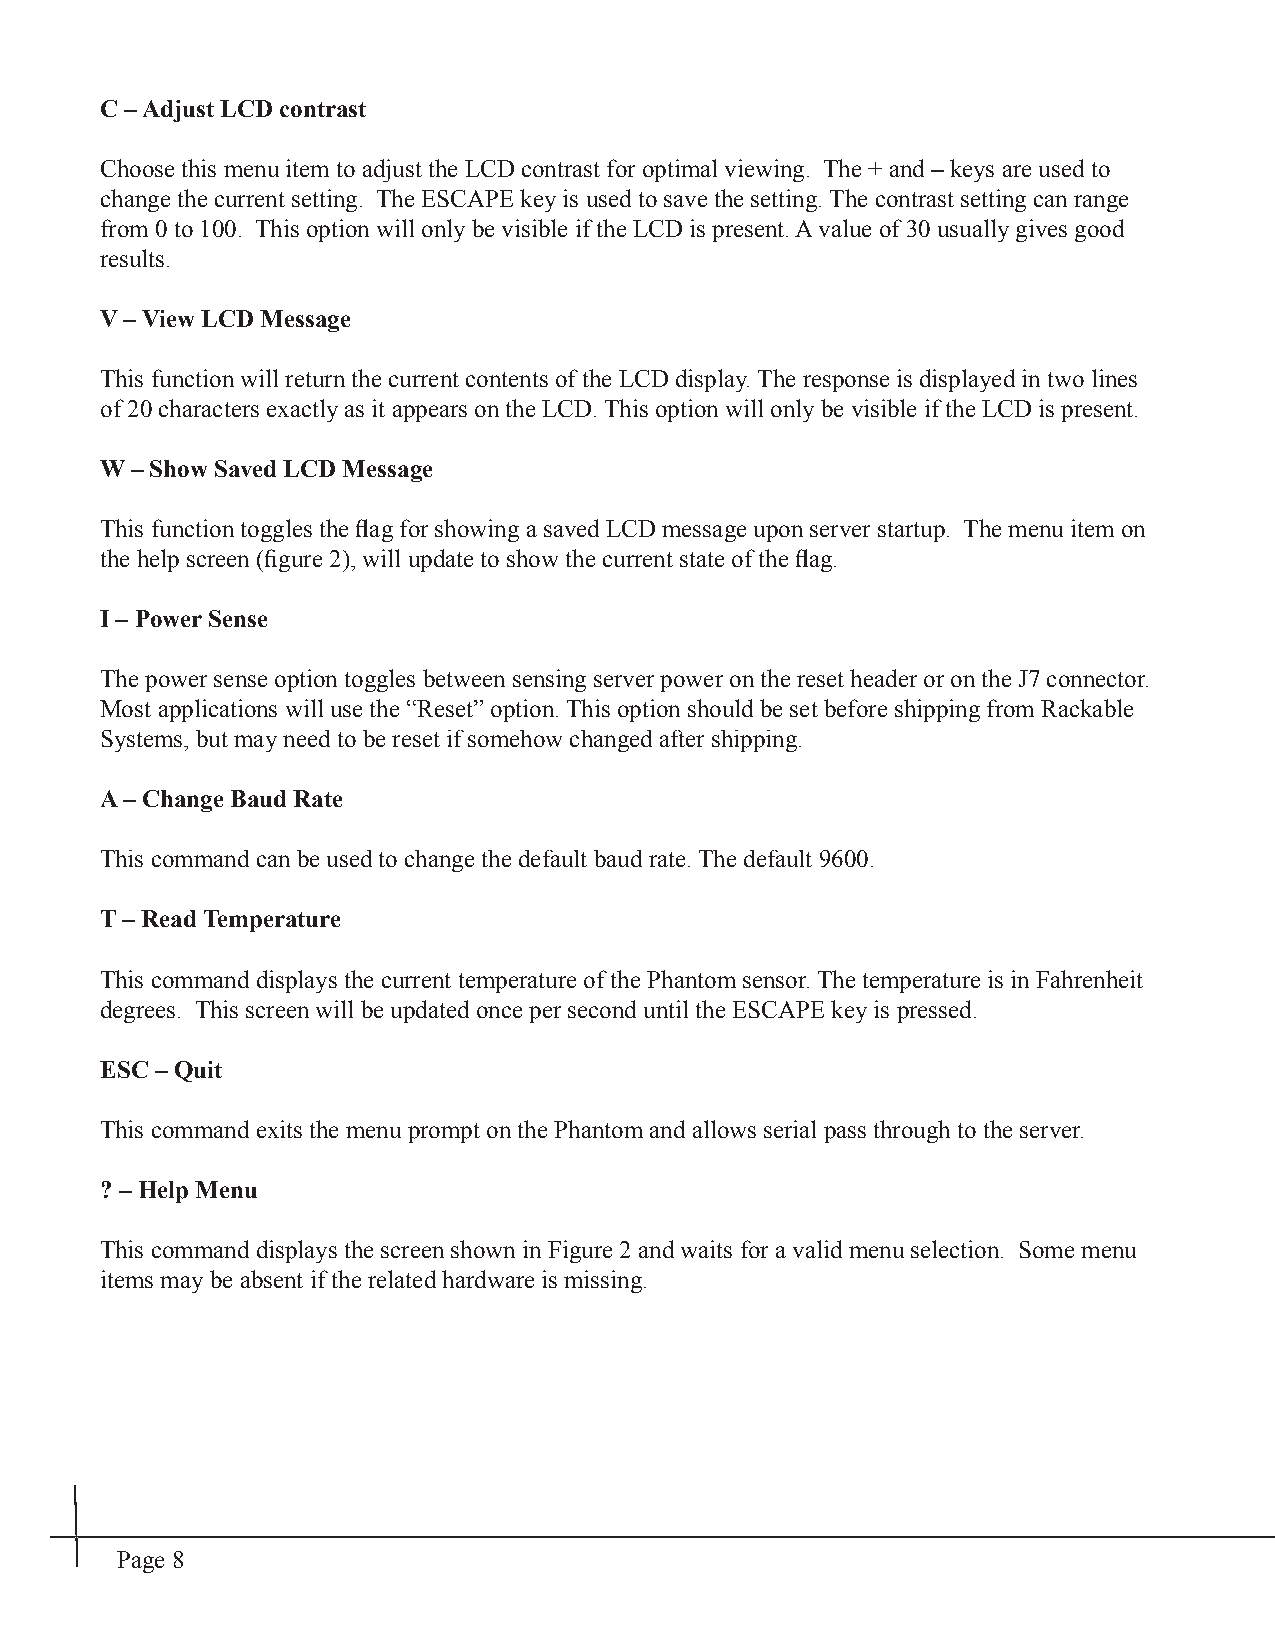
C – Adjust LCD contrast
 Choose this menu item to adjust the LCD contrast for optimal viewing. The + and – keys are used to
 change the current setting. The ESCAPE key is used to save the setting. The contrast setting can range
 from 0 to 100. This option will only be visible if the LCD is present. A value of 30 usually gives good
 results.
 V – View LCD Message
 This function will return the current contents of the LCD display. The response is displayed in two lines
 of 20 characters exactly as it appears on the LCD. This option will only be visible if the LCD is present.
 W – Show Saved LCD Message
 This function toggles the fl ag for showing a saved LCD message upon server startup. The menu item on
 the help screen (fi gure 2), will update to show the current state of the fl ag.
 I – Power Sense
 The power sense option toggles between sensing server power on the reset header or on the J7 connector.
 Most applications will use the “Reset” option. This option should be set before shipping from Rackable
 Systems, but may need to be reset if somehow changed after shipping.
 A – Change Baud Rate
 This command can be used to change the default baud rate. The default 9600.
 T – Read Temperature
 This command displays the current temperature of the Phantom sensor. The temperature is in Fahrenheit
 degrees. This screen will be updated once per second until the ESCAPE key is pressed.
 ESC – Quit
 This command exits the menu prompt on the Phantom and allows serial pass through to the server.
 ? – Help Menu
 This command displays the screen shown in Figure 2 and waits for a valid menu selection. Some menu
 items may be absent if the related hardware is missing.
 Page 8